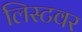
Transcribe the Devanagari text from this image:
लिस्टवर